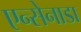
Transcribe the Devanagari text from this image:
एन्सेनाडा